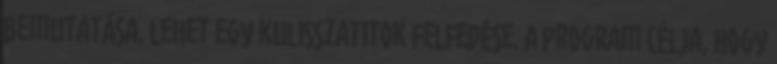
bemutatása, lehet egy kulisszatitok felfedése. A program célja, hogy